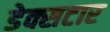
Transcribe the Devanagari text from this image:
डेक्सटार